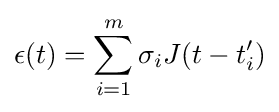
\epsilon (t)=\sum _{i=1}^{m}\sigma _{i}J(t-t_{i}')